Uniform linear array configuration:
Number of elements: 24
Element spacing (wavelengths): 0.25
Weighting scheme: hann
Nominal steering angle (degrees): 60
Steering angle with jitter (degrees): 60.603
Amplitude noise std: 0.05
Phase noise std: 0.05

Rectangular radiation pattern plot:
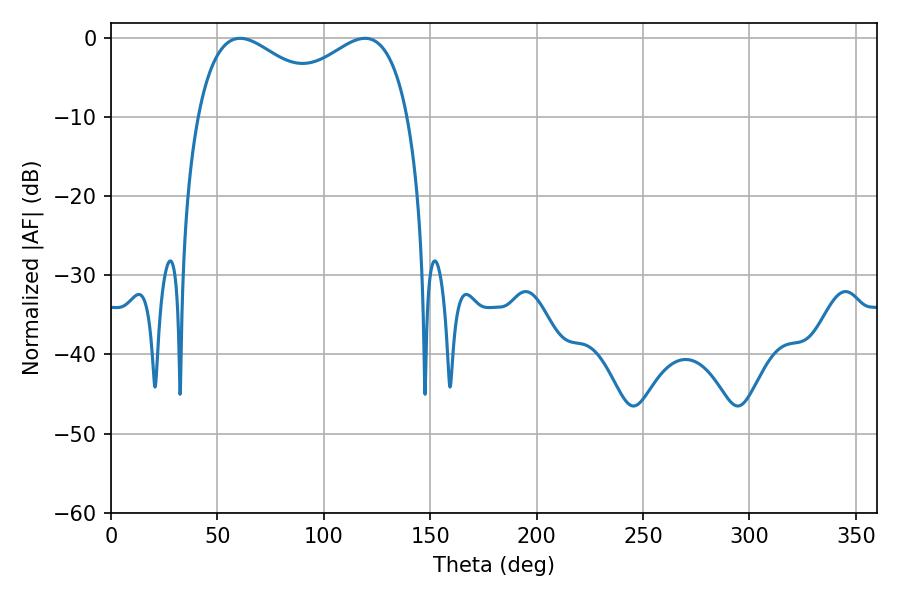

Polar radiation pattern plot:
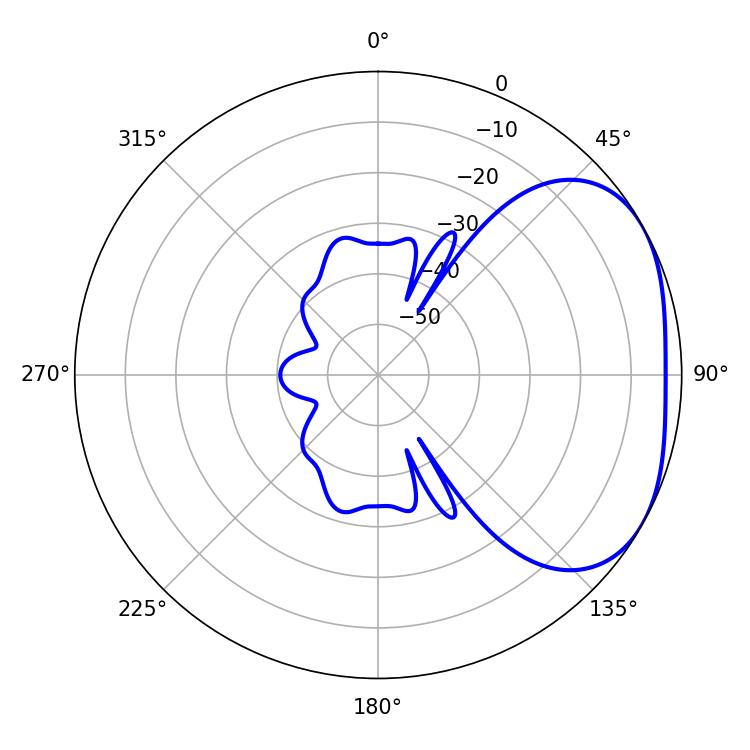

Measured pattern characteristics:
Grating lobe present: FALSE
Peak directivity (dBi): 2.885
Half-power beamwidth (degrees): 36.9
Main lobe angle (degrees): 60.66